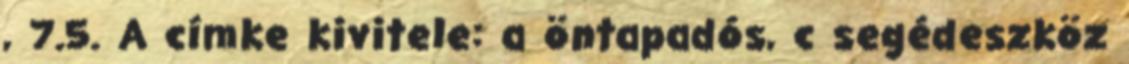
, 7.5. A címke kivitele: a öntapadós, c segédeszköz